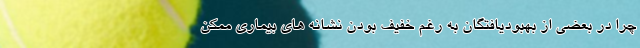
چرا در بعضی از بهبودیافتگان به رغم خفیف بودن نشانه های بیماری ممکن